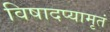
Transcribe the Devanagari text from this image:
विषादप्यामृतं